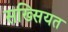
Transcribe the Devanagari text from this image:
सख्सियत